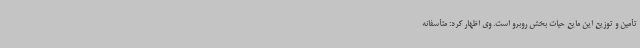
تأمین و توزیع این مایع حیات بخش روبرو است. وی اظهار کرد: متأسفانه